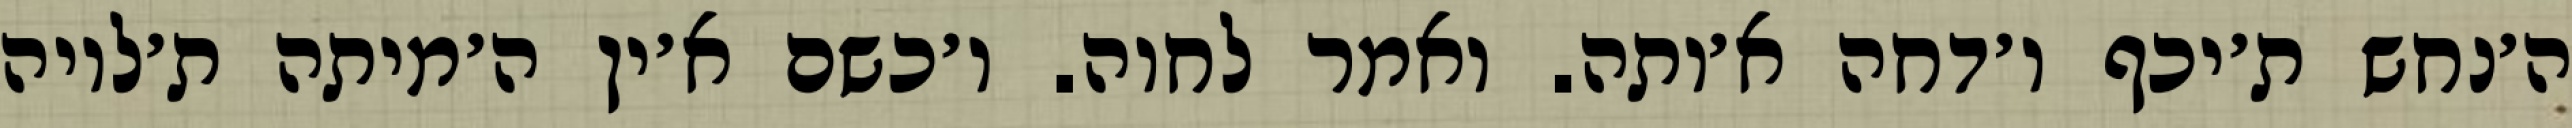
ה׳נחש ת׳יכף ו׳דחה א׳ותה. ואמר לחוה. ו׳כשם א׳ין ה׳מיתה ת׳לויה